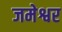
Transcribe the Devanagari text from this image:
जमेश्वर